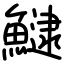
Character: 𩻸